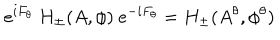
e ^ { i F _ { \theta } } \ H _ { \pm } ( A , \phi ) \ e ^ { - i F _ { \theta } } = H _ { \pm } ( A ^ { \theta } , \phi ^ { \theta } )